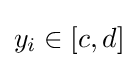
y_{i}\in [c,d]